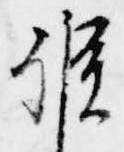
候